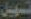
تسهيل